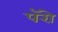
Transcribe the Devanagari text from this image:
पॅरो